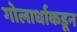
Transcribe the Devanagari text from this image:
गोलार्धाकडून